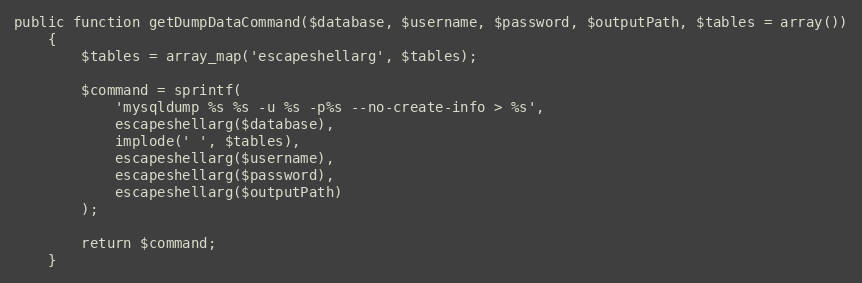
Language: PHP
public function getDumpDataCommand($database, $username, $password, $outputPath, $tables = array())
    {
        $tables = array_map('escapeshellarg', $tables);

        $command = sprintf(
            'mysqldump %s %s -u %s -p%s --no-create-info > %s',
            escapeshellarg($database),
            implode(' ', $tables),
            escapeshellarg($username),
            escapeshellarg($password),
            escapeshellarg($outputPath)
        );

        return $command;
    }